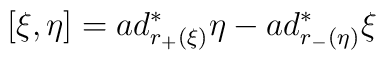
[ \xi , \eta ] = ad_{r_{+}(\xi)}^{\ast} \eta  -ad_{r_{-}(\eta)}^{\ast} \xi